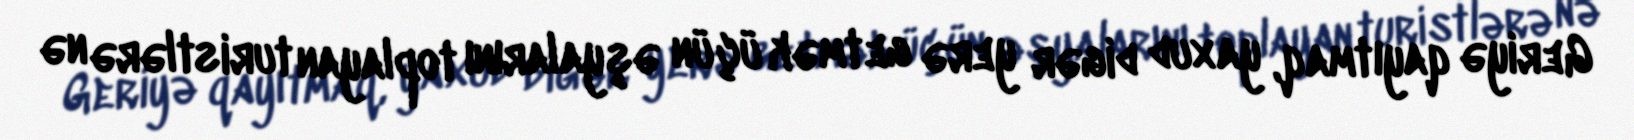
Geriyə qayıtmaq, yaxud digər yerə getmək üçün əşyalarını toplayan turistlərə nə